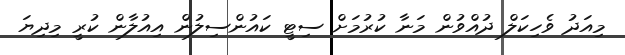
މިއަދު ވެހިކަލް ދުއްވުން މަނާ ކުރުމަށް ސިޓީ ކައުންސިލުން އިއުލާން ކުރީ މިދިޔަ